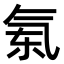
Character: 𣱝